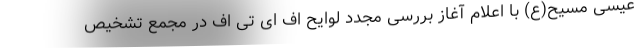
عیسی مسیح(ع) با اعلام آغاز بررسی مجدد لوایح اف ای تی اف در مجمع تشخیص